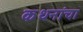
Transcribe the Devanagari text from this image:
कथनांचा